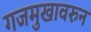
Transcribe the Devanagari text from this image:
गजमुखावरुन